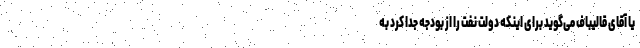
یا آقای قالیباف می‌گوید برای اینکه دولت نفت را از بودجه جدا کرد به